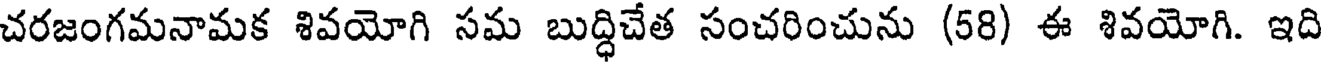
చరజంగమనామక శివయోగి సమ బుద్ధిచేత సంచరించును (58) ఈ శివయోగి. ఇది